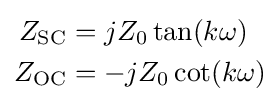
{\begin{aligned}Z_{\mathrm {SC} }&=jZ_{0}\tan(k\omega )\\Z_{\mathrm {OC} }&=-jZ_{0}\cot(k\omega )\\\end{aligned}}